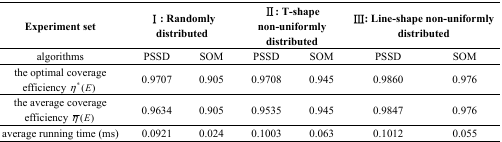
| Experiment set | <COLSPAN=2> I: Randomly distributed | <COLSPAN=2> II: T-shape non-uniformly distributed | <COLSPAN=2> III: Line-shape non-uniformly distributed |
 | --- | --- | --- | --- | --- | --- | --- |
 | algorithms | PSSD | SOM | PSSD | SOM | PSSD | SOM |
 | the optimal coverage efficiency η*(E) | 0.9707 | 0.905 | 0.9708 | 0.945 | 0.9860 | 0.976 |
 | the average coverage efficiency η̄(E) | 0.9634 | 0.905 | 0.9535 | 0.945 | 0.9847 | 0.976 |
 | average running time (ms) | 0.0921 | 0.024 | 0.1003 | 0.063 | 0.1012 | 0.055 |